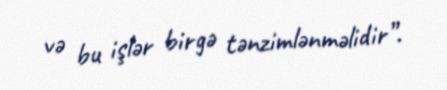
və bu işlər birgə tənzimlənməlidir”.